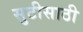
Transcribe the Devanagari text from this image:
सुटीसाठी